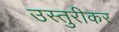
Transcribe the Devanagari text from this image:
उस्तुरीकर